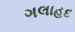
ગલાહદ